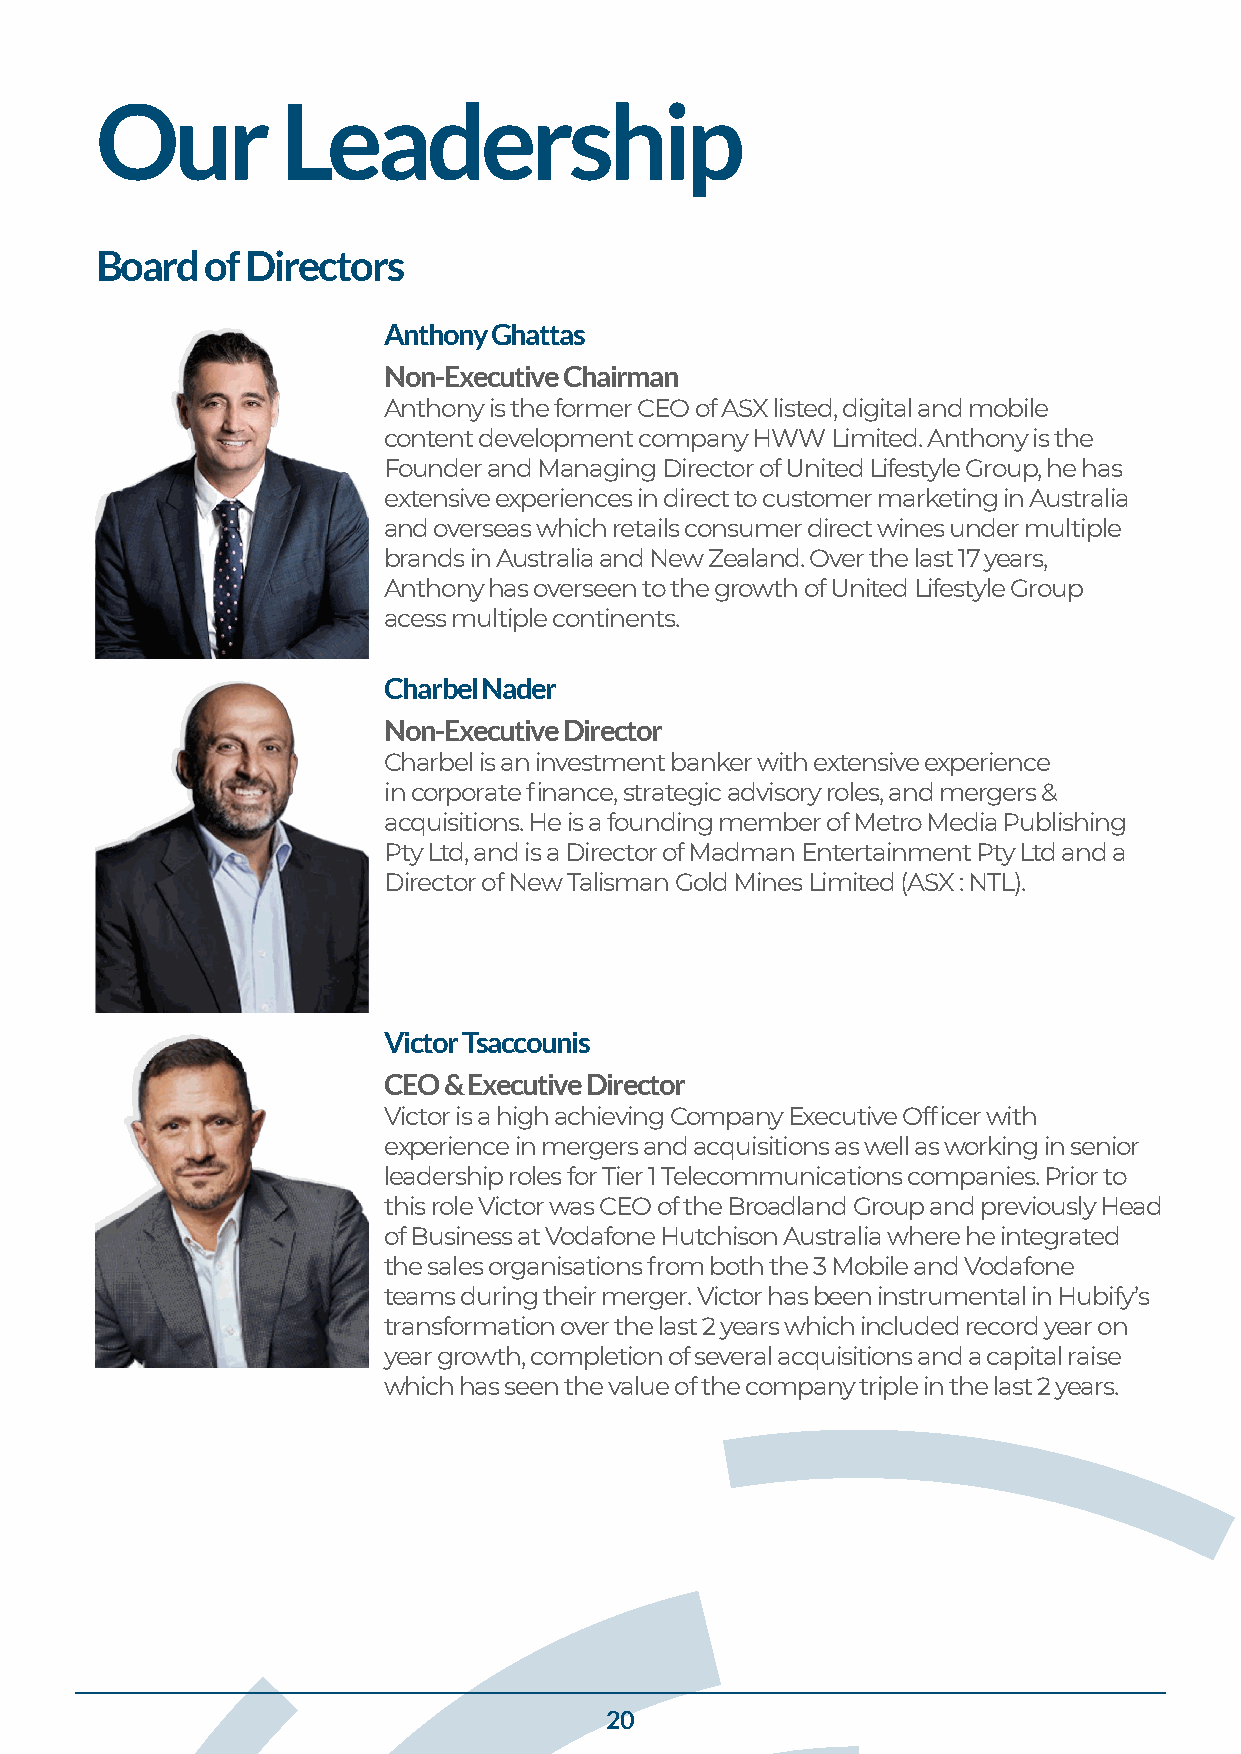
Our          Leadership
 Board   of Directors
 Anthony Ghattas
 Non-Executive Chairman
 Anthony is the former CEO of ASX listed, digital and mobile
 content development company HWW Limited. Anthony is the
 Founder and Managing Director of United Lifestyle Group, he has
 extensive experiences in direct to customer marketing in Australia
 and overseas which retails consumer direct wines under multiple
 brands in Australia and New Zealand. Over the last 17 years,
 Anthony has overseen to the growth of United Lifestyle Group
 acess multiple continents.
 Charbel Nader
 Non-Executive Director
 Charbel is an investment banker with extensive experience
 in corporate finance, strategic advisory roles, and mergers &
 acquisitions. He is a founding member of Metro Media Publishing
 Pty Ltd, and is a Director of Madman Entertainment Pty Ltd and a
 Director of New Talisman Gold Mines Limited (ASX : NTL).
 Victor Tsaccounis
 CEO & Executive Director
 Victor is a high achieving Company Executive Officer with
 experience in mergers and acquisitions as well as working in senior
 leadership roles for Tier 1 Telecommunications companies. Prior to
 this role Victor was CEO of the Broadland Group and previously Head
 of Business at Vodafone Hutchison Australia where he integrated
 the sales organisations from both the 3 Mobile and Vodafone
 teams during their merger. Victor has been instrumental in Hubify’s
 transformation over the last 2 years which included record year on
 year growth, completion of several acquisitions and a capital raise
 which has seen the value of the company triple in the last 2 years.
 20